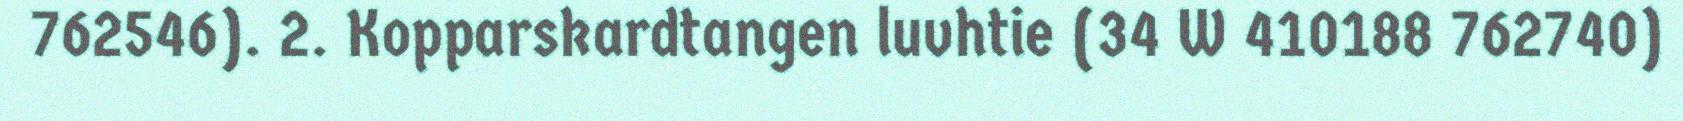
762546). 2. Kopparskardtangen luvhtie (34 W 410188 762740)